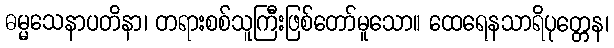
ဓမ္မသေနာပတိနာ၊ တရားစစ်သူကြီးဖြစ်တော်မူသော။ ထေရေနသာရိပုတ္တေန၊